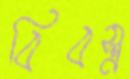
বিবস্ত্র